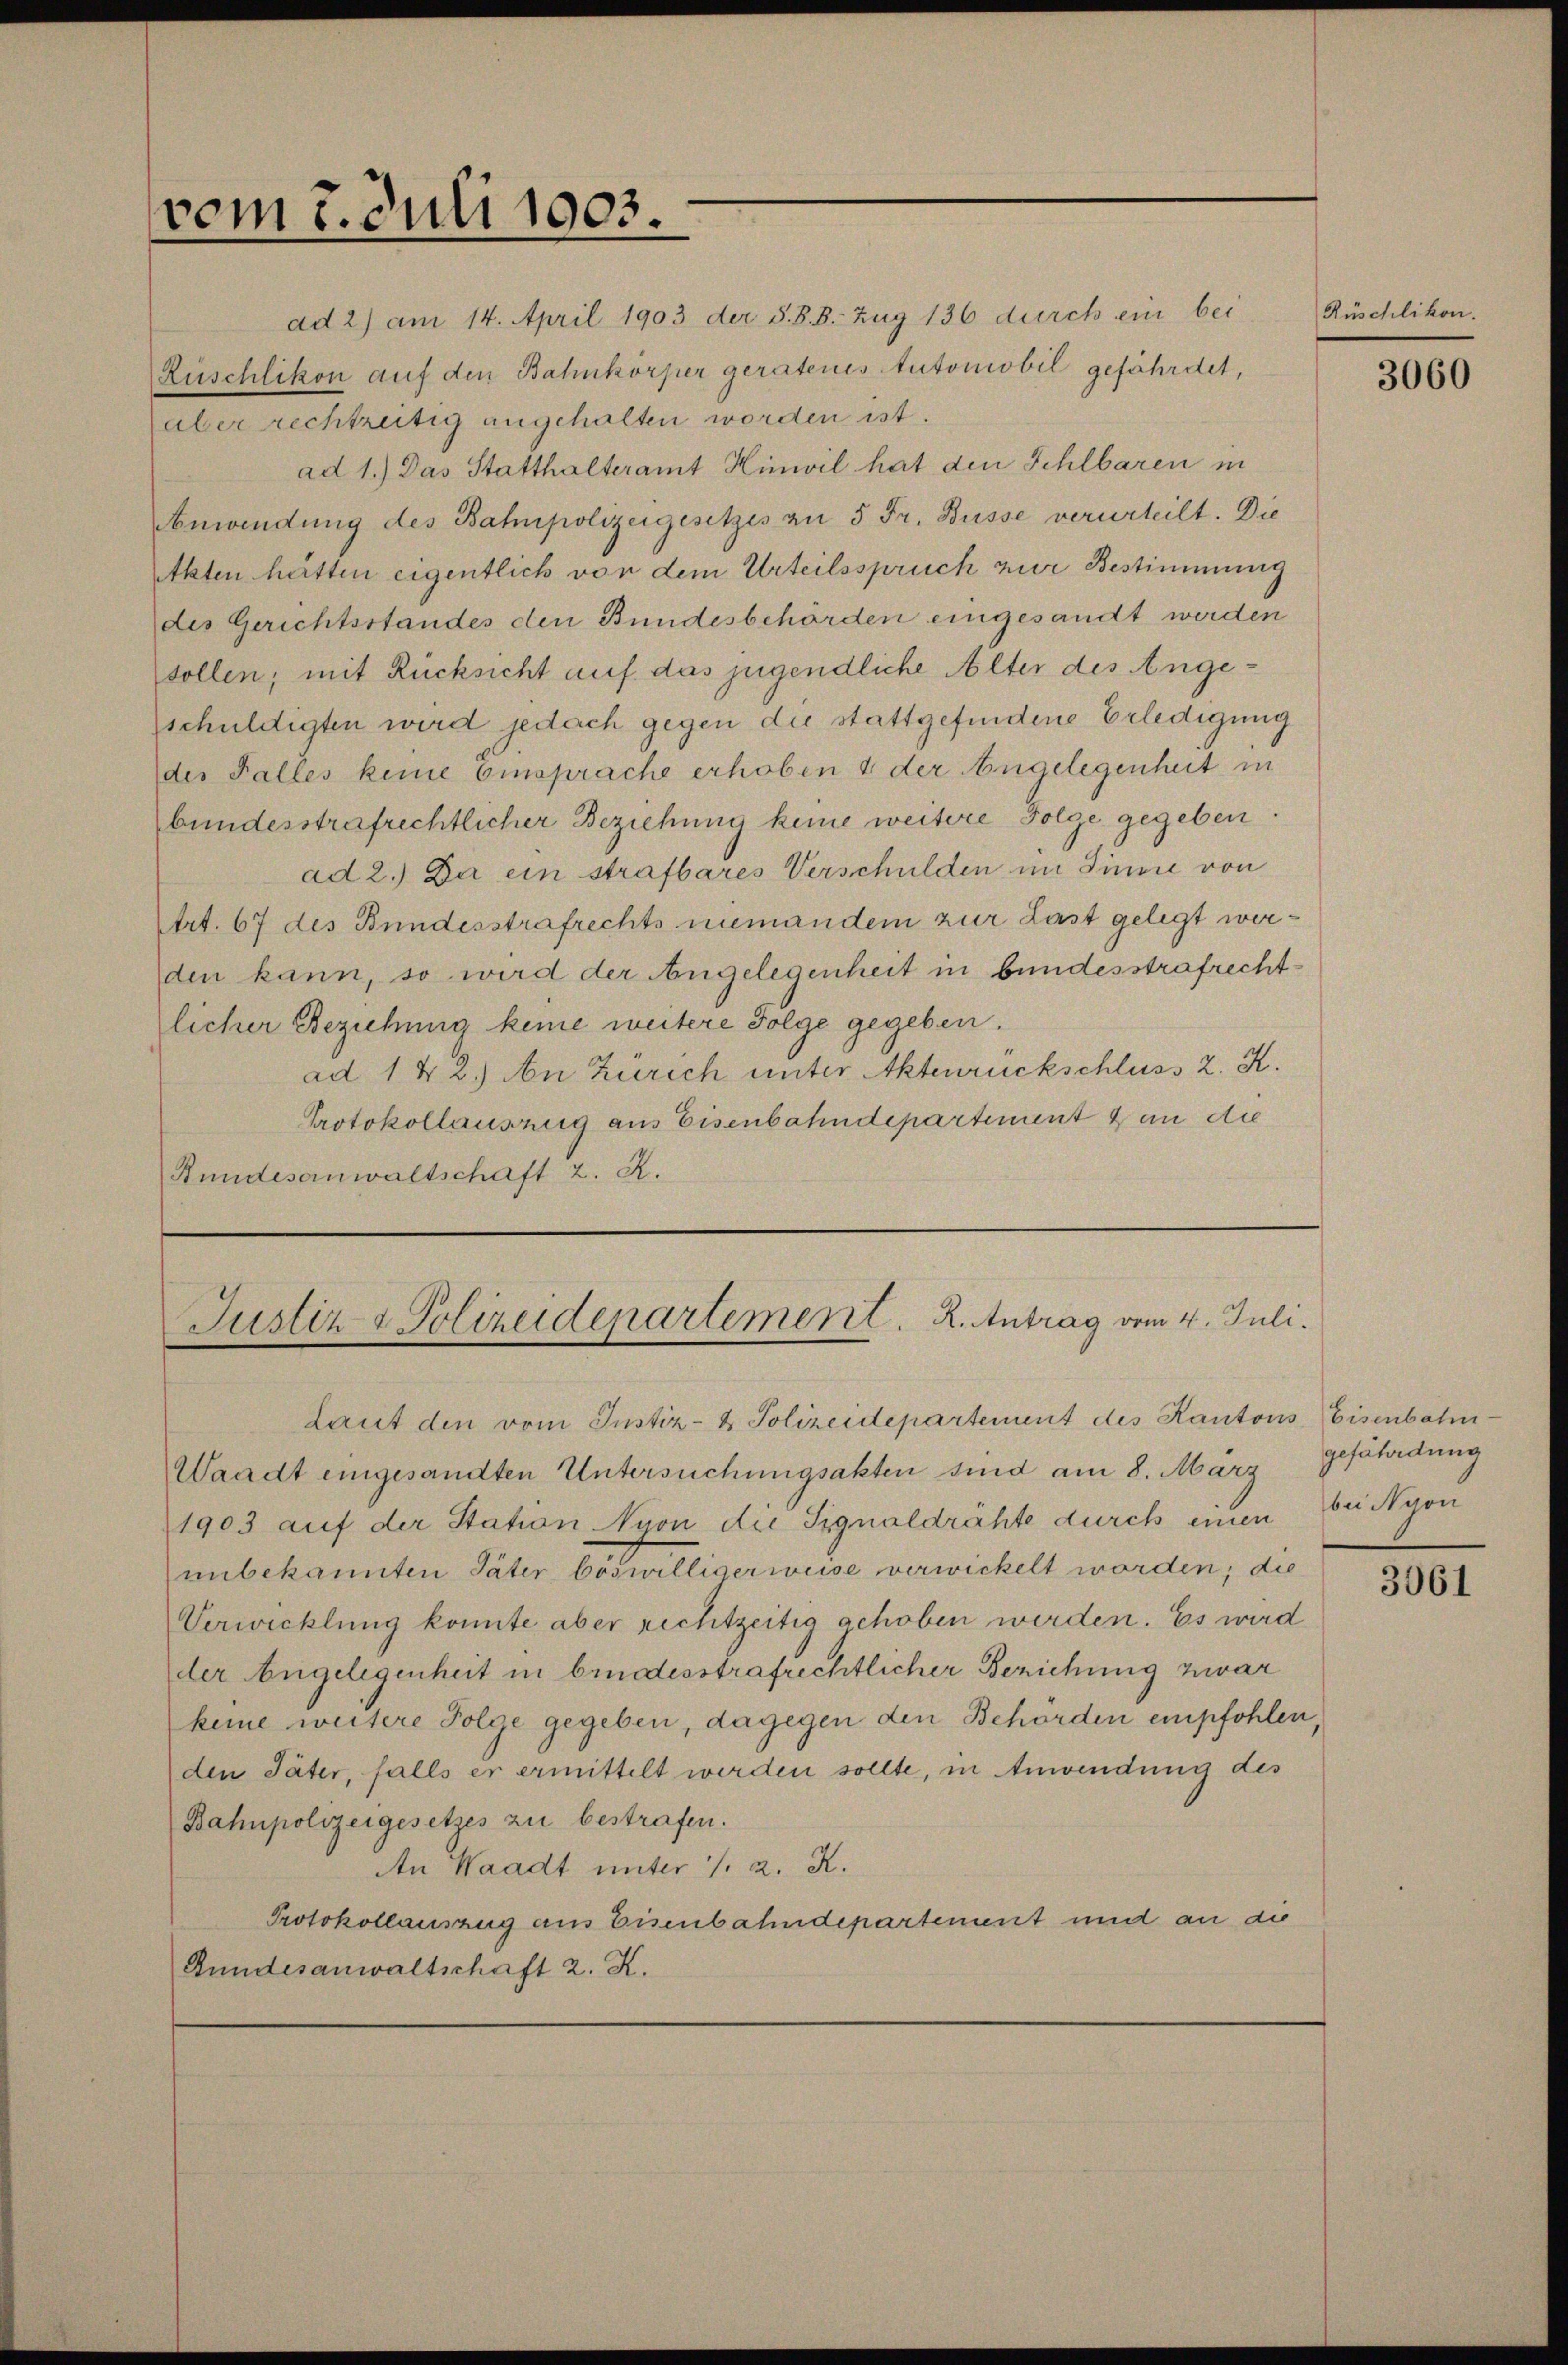
vom 7. Juli 1903.

ad 2) am 14. April 1903 der §. 88. Zug 136 durch ein bei
Rüschlikon auf den Bahnkörper geratenes Automobil gefährdet,
aber rechtzeitig angehalten worden ist.
ad 1.) Das Statthalteramt Hinwil hat den Schlbaren in
Anwendung des Bahnpolizeigesetzes an 5 Fr. Busse verurteilt. Die
Akten hätten eigentlich von dem Urteilsspruch zur Bestimmung
des Gerichtsstandes den Bundesbehörden eingesandt werden
sollen; mit Rücksicht auf das jugendliche Alter des Angeschuldigten wird jedoch gegen die stattgefindene Erledigung
der Falles keine Einsprache erhoben 4 der Angelegenheit in
bundesstrafrechtlicher Beziehung keine weitere Folge gegeben
ad 2.) Da ein strafbares Verschulden im Sinne von
Art. 67 des Bundesstrafrechts niemandem zur Last gelegt werden kann, so wird der Angelegenheit in bundesstrafrechtlicher Beziehung keine weitere Folge gegeben.
ad 1 & 2.) An Zürich unter Aktenrückschluss 2. K.
Protokollausung aus Eisenbahndepartiment & an die
Stundesanwaltschaft z. R.

Justiz & Polizeidepartement. R. Antrag vom 4. Juli.
Laut den vom Justiz- & Polizeidepartement des Kantons Eisenbahn¬

Waadt eingesandten Untersuchungsakten sind am 8. März
1903 auf der Station Nyon die Signaldrähte durch einen
unbekannten Täter böswilligerweise verwickelt worden; die
Verwicklung konnte aber rechtzeitig gehoben werden. Es wird
der Angelegenheit in bruddesstrafrechtlicher Berichung zwar
keine weitere Folge gegeben, dagegen den Behörden empfohlen,
den Säter, falls er ermittelt werden sollte, in Anwendung des
Bahnpolizeigesetzes zu bestrafen.
An Waadt unter 1. 2. X.
Protokollauszug aus Eisenbahndepartement und an die
Bundesanwaltschaft 2. K.

Rüschlikon.

3060

gefährdung
bei Nyon

3061